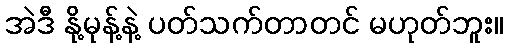
အဲဒီ နို့မုန့်နဲ့ ပတ်သက်တာတင် မဟုတ်ဘူး။